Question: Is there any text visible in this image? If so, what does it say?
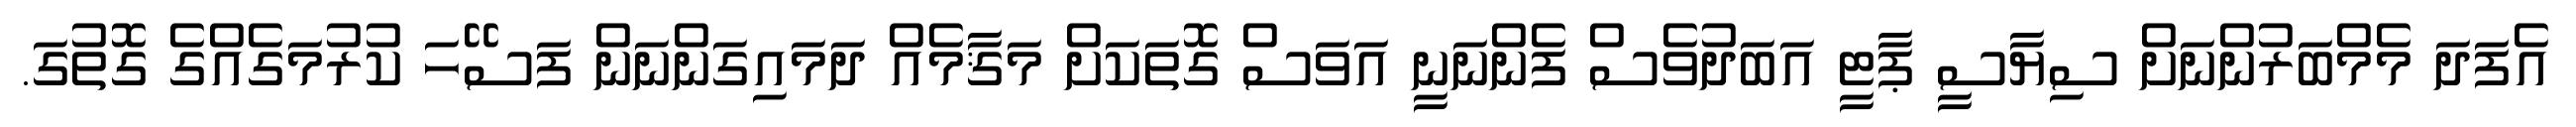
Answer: އެފަދަ މެމްބަރުންނަށް ސިޔާސީ ޕާޓީ އަބަދުވެސް ފެންނަނީ އަވަސް ގޮތަކަށް މަޤާމެއް ދަމައިގަންނަން ފަސޭހަ ކުރުމަގެއްގެ ގޮތުގަ.